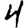
Digit: 4